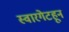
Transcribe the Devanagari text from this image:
स्वारगेटहून